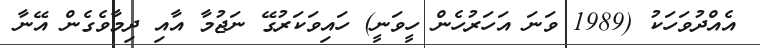
އެއްދުވަހަކު (1989 ވަނަ އަހަރުހެން ހީވަނީ) ހައިވަކަރުގޭ ނަޖުމާ އާއި ދިމާވެގެން އޭނާ